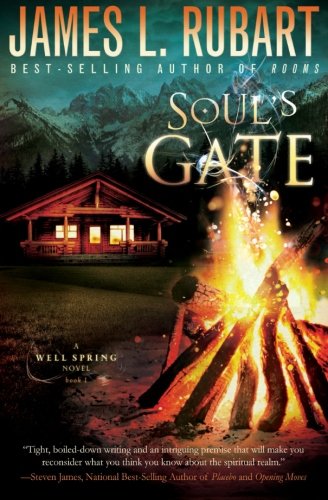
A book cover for Soul's Gate (A Well Spring Novel); James L. Rubart; Christian Books & Bibles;